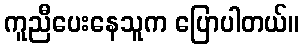
ကူညီပေးနေသူက ပြောပါတယ်။